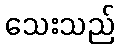
သေးသည်